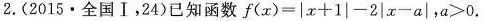
2.(2015·全国I，24)已知函数f(x)=|x+1|-2|x-a|,a>0.